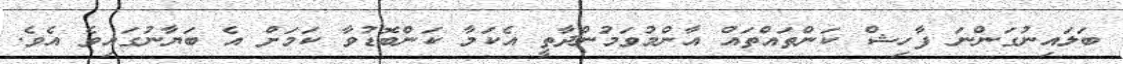
ބަލައިނުގަންނަ ފާހިޝް ކަންތައްތައް އާންމުވަމުންދާތީ އެކަމާ ކަންބޮޑުވާ ކަމަށް އެ ބަޔާނުގައިވެ އެވެ.